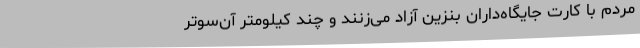
مردم با کارت جایگاه‌داران بنزین آزاد می‌زنند و چند کیلومتر آن‌سوتر